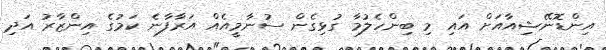
އިންޑޮނޭޝިއާއަށް އައި މި ބިންހެލުމާ ގުޅިގެން ސުނާމީއެއް އަރާފާނެ ކަމުގެ އިންޒާރު އަދި